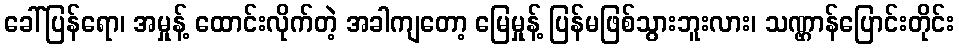
ခေါ်ပြန်ရော၊ အမှုန့် ထောင်းလိုက်တဲ့ အခါကျတော့ မြေမှုန့် ပြန်မဖြစ်သွားဘူးလား၊ သဏ္ဌာန်ပြောင်းတိုင်း